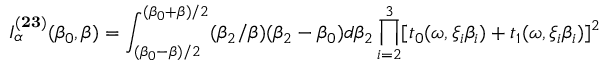
I _ { \alpha } ^ { ( { \bf 2 3 } ) } ( { \beta } _ { 0 } , { \beta } ) = \int _ { ( { \beta } _ { 0 } - { \beta } ) / 2 } ^ { ( { \beta } _ { 0 } + { \beta } ) / 2 } ( { \beta } _ { 2 } / { \beta } ) ( { \beta } _ { 2 } - { \beta } _ { 0 } ) d { \beta } _ { 2 } \prod _ { i = 2 } ^ { 3 } [ t _ { 0 } ( { \omega } , { \xi } _ { i } { \beta } _ { i } ) + t _ { 1 } ( { \omega } , { \xi } _ { i } { \beta } _ { i } ) ] ^ { 2 }